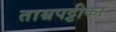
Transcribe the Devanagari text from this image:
ताम्रपट्टीका